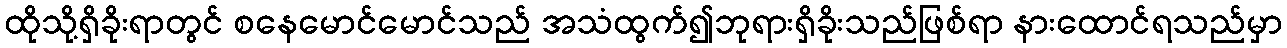
ထိုသို့ရှိခိုးရာတွင် စနေမောင်မောင်သည် အသံထွက်၍ဘုရားရှိခိုးသည်ဖြစ်ရာ နားထောင်ရသည်မှာ